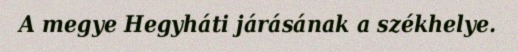
A megye Hegyháti járásának a székhelye.